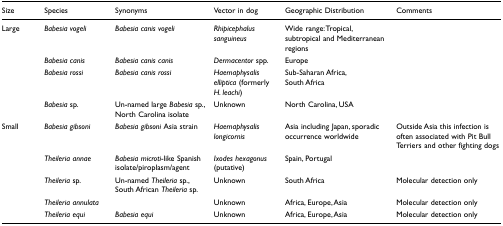
<table><thead><tr><td><b>Size</b></td><td><b>Species</b></td><td><b>Synonyms</b></td><td><b>Vector in dog</b></td><td><b>Geographic Distribution</b></td><td><b>Comments</b></td></tr></thead><tbody><tr><td>Large</td><td><i>Babesia vogeli</i></td><td><i>Babesia canis vogeli</i></td><td><i>Rhipicephalus sanguineus</i></td><td>Wide range:Tropical, subtropical and Mediterranean regions</td><td></td></tr><tr><td></td><td><i>Babesia canis</i></td><td><i>Babesia canis canis</i></td><td><i>Dermacentor </i>spp.</td><td>Europe</td><td></td></tr><tr><td></td><td><i>Babesia rossi</i></td><td><i>Babesia canis rossi</i></td><td><i>Haemaphysalis elliptica </i>(formerly <i>H. leachi</i>)</td><td>Sub-Saharan Africa, South Africa</td><td></td></tr><tr><td></td><td><i>Babesia </i>sp.</td><td>Un-named large <i>Babesia </i>sp., North Carolina isolate</td><td>Unknown</td><td>North Carolina, USA</td><td></td></tr><tr><td>Small</td><td><i>Babesia gibsoni</i></td><td><i>Babesia gibsoni </i>Asia strain</td><td><i>Haemaphysalis longicornis</i></td><td>Asia including Japan, sporadic occurrence worldwide</td><td>Outside Asia this infection is often associated with Pit Bull Terriers and other fighting dogs</td></tr><tr><td></td><td><i>Theileria annae</i></td><td><i>Babesia microti</i>-like Spanish isolate/piroplasm/agent</td><td><i>Ixodes hexagonus </i>(putative)</td><td>Spain, Portugal</td><td></td></tr><tr><td></td><td><i>Theileria </i>sp.</td><td>Un-named <i>Theileria </i>sp., South African <i>Theileria </i>sp.</td><td>Unknown</td><td>South Africa</td><td>Molecular detection only</td></tr><tr><td></td><td><i>Theileria annulata</i></td><td></td><td>Unknown</td><td>Africa, Europe, Asia</td><td>Molecular detection only</td></tr><tr><td></td><td><i>Theileria equi</i></td><td><i>Babesia equi</i></td><td>Unknown</td><td>Africa, Europe, Asia</td><td>Molecular detection only</td></tr></tbody></table>